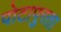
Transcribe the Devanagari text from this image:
पोटापुरता